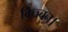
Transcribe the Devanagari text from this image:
किञ्चन।